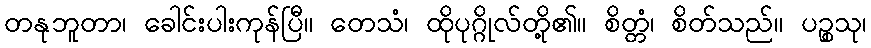
တနုဘူတာ၊ ခေါင်းပါးကုန်ပြီ။ တေသံ၊ ထိုပုဂ္ဂိုလ်တို့၏။ စိတ္တံ၊ စိတ်သည်။ ပဉ္စသု၊